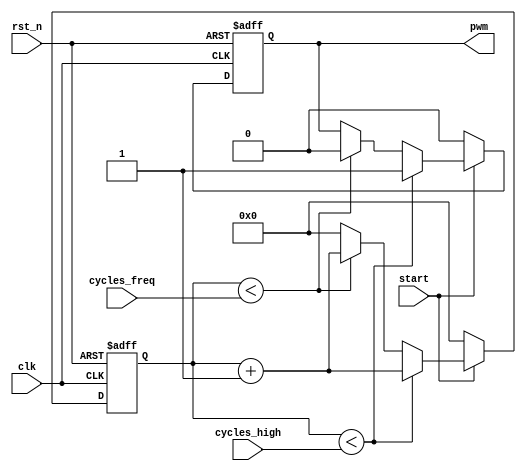
`default_nettype none

module pwm_generator
	(input 	wire clk,
	input 	wire rst_n,
	input 	wire start,
	input 	wire[15:0] cycles_high,
	input 	wire[15:0] cycles_freq,
	output 	reg pwm);

	reg[15:0] counter;

	always @(posedge clk, negedge rst_n) begin
		if(rst_n == 0) begin
			pwm 	<= 0;
			counter <= 0;
		end else begin
		   	if(start == 1) begin
				// Increment counter
				counter 	<= counter + 1;
				// PWM is set
				if(counter < cycles_high) begin
					pwm 	<= 1;
				// PWM is clear
				end else if(counter < cycles_freq) begin
					pwm		<= 0;
				// Restart counter, new cycle
				end else begin
					counter <= 0;
				end
			end else begin
				pwm 	<= 0;
				counter <= 0;
			end
		end
	end 

endmodule